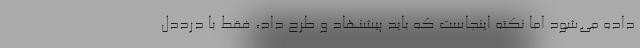
داده می‌شود اما نکته اینجاست که باید پیشنهاد و طرح داد، فقط با درددل